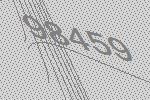
98459